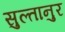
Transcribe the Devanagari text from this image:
सुल्तानुर